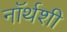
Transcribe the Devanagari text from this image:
नॉर्थशी